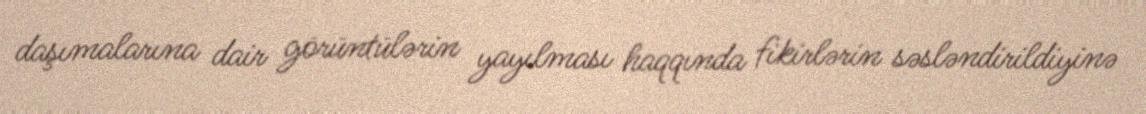
daşımalarına dair görüntülərin yayılması haqqında fikirlərin səsləndirildiyinə